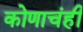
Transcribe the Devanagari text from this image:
कोणाचंही